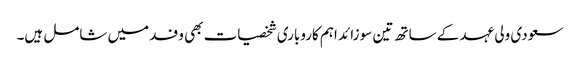
سعودی ولی عہد کے ساتھ تین سو زائد اہم کاروباری شخصیات بھی وفد میں شامل ہیں۔